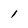
Character: l